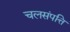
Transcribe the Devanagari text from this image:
चलसंपत्ति